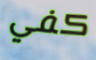
كفي